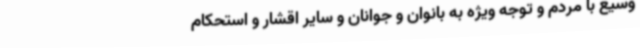
وسیع با مردم و توجه ویژه به بانوان و جوانان و سایر اقشار و استحکام